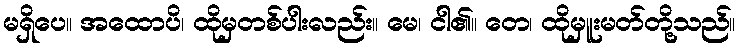
မရှိပေ။ အထောပိ၊ ထိုမှတစ်ပါးလည်း။ မေ၊ ငါ၏။ တေ၊ ထိုမှူးမတ်တို့သည်။